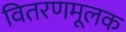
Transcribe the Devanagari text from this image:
वितरणमूलक